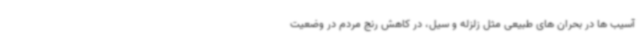
آسیب ها در بحران های طبیعی مثل زلزله و سیل، در کاهش رنج مردم در وضعیت